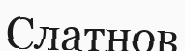
Слатнов